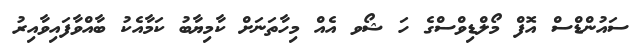
ސައުންޑްސް އޮފް މޯލްޑިވްސްގެ ހަ ޝޯވ އެއް މިހާތަނަށް ކާމިޔާބު ކަމާއެކު ބާއްވާފައިވާއިރު